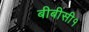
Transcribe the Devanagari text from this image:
बीबीसी१